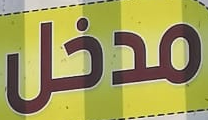
مدخل